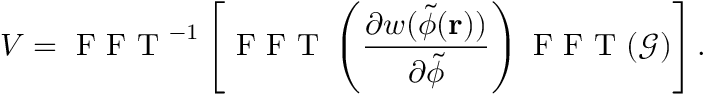
V = \mathrm { ~ F ~ F ~ T ~ } ^ { - 1 } \left[ \mathrm { ~ F ~ F ~ T ~ } \left( \frac { \partial w ( \tilde { \phi } ( \mathbf { r } ) ) } { \partial \tilde { \phi } } \right) \mathrm { ~ F ~ F ~ T ~ } ( \mathcal { G } ) \right] .